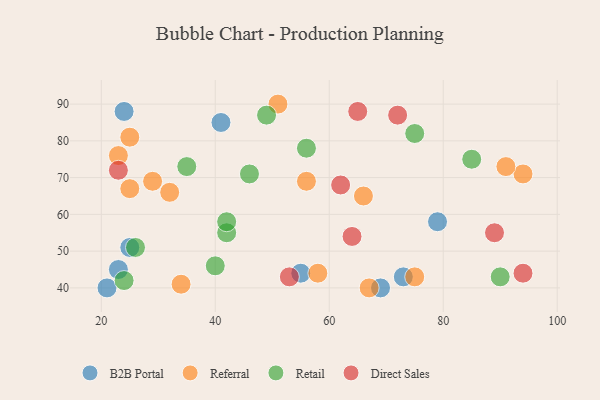
{"axis": {"x": "GDP", "y": "Life Expectancy"}, "legend": ["B2B Portal", "Direct Sales", "Referral", "Retail"], "data": [{"x": "21", "y": 40, "type": "B2B Portal"}, {"x": "25", "y": 51, "type": "B2B Portal"}, {"x": "79", "y": 58, "type": "B2B Portal"}, {"x": "73", "y": 43, "type": "B2B Portal"}, {"x": "69", "y": 40, "type": "B2B Portal"}, {"x": "41", "y": 85, "type": "B2B Portal"}, {"x": "55", "y": 44, "type": "B2B Portal"}, {"x": "23", "y": 45, "type": "B2B Portal"}, {"x": "24", "y": 88, "type": "B2B Portal"}, {"x": "94", "y": 71, "type": "Referral"}, {"x": "32", "y": 66, "type": "Referral"}, {"x": "58", "y": 44, "type": "Referral"}, {"x": "51", "y": 90, "type": "Referral"}, {"x": "34", "y": 41, "type": "Referral"}, {"x": "25", "y": 67, "type": "Referral"}, {"x": "91", "y": 73, "type": "Referral"}, {"x": "29", "y": 69, "type": "Referral"}, {"x": "67", "y": 40, "type": "Referral"}, {"x": "25", "y": 81, "type": "Referral"}, {"x": "23", "y": 76, "type": "Referral"}, {"x": "66", "y": 65, "type": "Referral"}, {"x": "75", "y": 43, "type": "Referral"}, {"x": "56", "y": 69, "type": "Referral"}, {"x": "35", "y": 73, "type": "Retail"}, {"x": "56", "y": 78, "type": "Retail"}, {"x": "75", "y": 82, "type": "Retail"}, {"x": "42", "y": 55, "type": "Retail"}, {"x": "26", "y": 51, "type": "Retail"}, {"x": "40", "y": 46, "type": "Retail"}, {"x": "24", "y": 42, "type": "Retail"}, {"x": "90", "y": 43, "type": "Retail"}, {"x": "85", "y": 75, "type": "Retail"}, {"x": "49", "y": 87, "type": "Retail"}, {"x": "42", "y": 58, "type": "Retail"}, {"x": "46", "y": 71, "type": "Retail"}, {"x": "89", "y": 55, "type": "Direct Sales"}, {"x": "94", "y": 44, "type": "Direct Sales"}, {"x": "53", "y": 43, "type": "Direct Sales"}, {"x": "64", "y": 54, "type": "Direct Sales"}, {"x": "23", "y": 72, "type": "Direct Sales"}, {"x": "65", "y": 88, "type": "Direct Sales"}, {"x": "62", "y": 68, "type": "Direct Sales"}, {"x": "72", "y": 87, "type": "Direct Sales"}]}